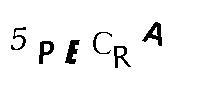
5PECRA